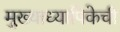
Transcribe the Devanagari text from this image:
मुख्याध्यापिकेची